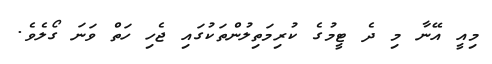
މިއީ އޭނާ މި ދެ ޓީމުގެ ކުރިމަތިލުންތަކުގައި ޖެހި ހަތް ވަނަ ގޯލެވެ.